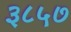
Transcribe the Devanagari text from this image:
३८५७